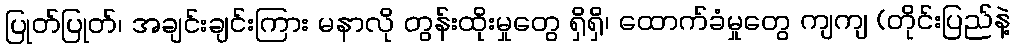
ပြုတ်ပြုတ်၊ အချင်းချင်းကြား မနာလို တွန်းထိုးမှုတွေ ရှိရှိ၊ ထောက်ခံမှုတွေ ကျကျ (တိုင်းပြည်နဲ့